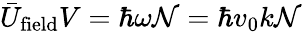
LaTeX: \bar{U}_{\mathrm{field}}V=\hbar\omega{\mathcal N}=\hbar v_{0}k{\mathcal N}